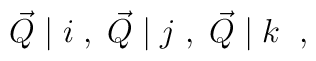
\vec{Q} \; \vert \; i \; , \;  \vec{Q} \; \vert \; j \; ,\; \vec{Q} \; \vert \; k \; \; ,